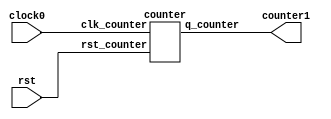
// `timescale 1ns / 1ps
`ifndef TESTBENC
  `define size 7
`endif

module bit7_up_counter (clock0,counter1,rst);

    input clock0;
    input rst;
    output [`size-1:0] counter1;
    wire [`size-1:0] counter1;

    counter 
    counter1_dut (
      .clk_counter (clock0 ),
      .rst_counter (rst ),
      .q_counter  ( counter1)
    );

endmodule 

module counter (clk_counter, q_counter, rst_counter);

input clk_counter;
input rst_counter;
output [`size-1:0] q_counter;
reg [`size-1:0] q_counter;

always @ (posedge clk_counter)
begin
    if(rst_counter)
q_counter <= 'b0000000;
else
q_counter <= q_counter + 1;
end

endmodule